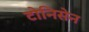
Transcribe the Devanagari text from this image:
टोनिसेन